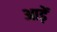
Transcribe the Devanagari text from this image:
आड़ें